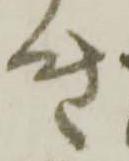
き